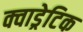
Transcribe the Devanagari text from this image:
क्वाड्रेटिक